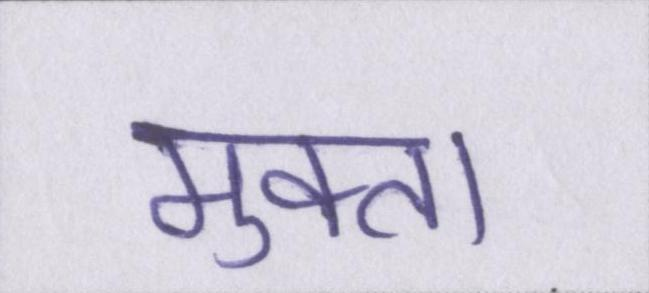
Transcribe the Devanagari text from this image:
मुक्ता